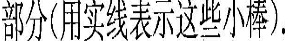
部分（用实线表示这些小棒）.